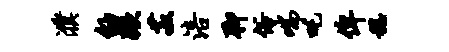
濮劭蹶菽涪聊俗喘吒俾稳